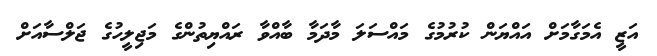
އަޒީ އެމަގާމަށް އައްޔަން ކުރުމުގެ މައްސަލަ މާދަމާ ބާއްވާ ރައްޔިތުންގެ މަޖިލީހުގެ ޖަލްސާއަށް